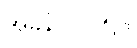
အခွန် - ၁၅%